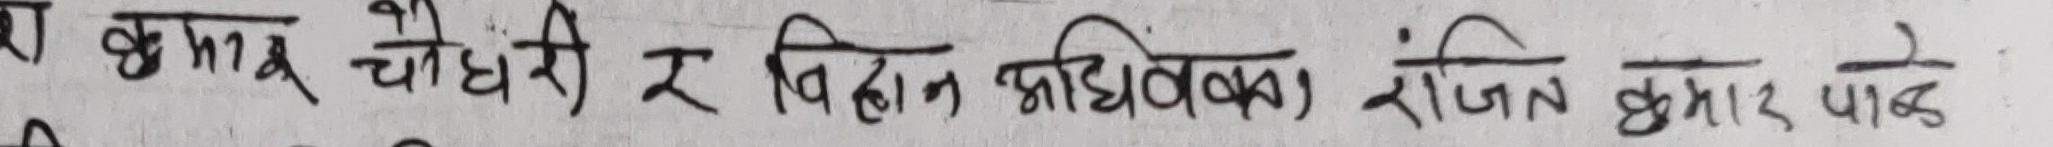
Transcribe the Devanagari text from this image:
क क्रमु चौधरी र बिहान आधिवक्ता रंजीत कुमार पाठे